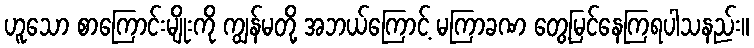
ဟူသော စာကြောင်းမျိုးကို ကျွန်မတို့ အဘယ်ကြောင့် မကြာခဏ တွေ့မြင်နေကြရပါသနည်း။